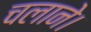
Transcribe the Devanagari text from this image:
चलाने।